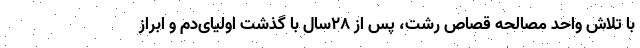
با تلاش واحد مصالحه قصاص رشت، پس از 28سال با گذشت اولیای‌دم و ابراز